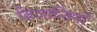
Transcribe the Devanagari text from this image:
बिजान्तिनों